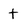
Character: t